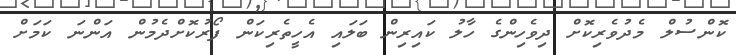
ކޮންސުލް މެދުވެރިކޮށް ދިވެހިންގެ ހާލު ކައިރިން ބަލައި އެހީތެރިކަން ފޯރުކޮށްދެމުން އަންނަ ކަމަށް